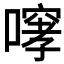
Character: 𫫳